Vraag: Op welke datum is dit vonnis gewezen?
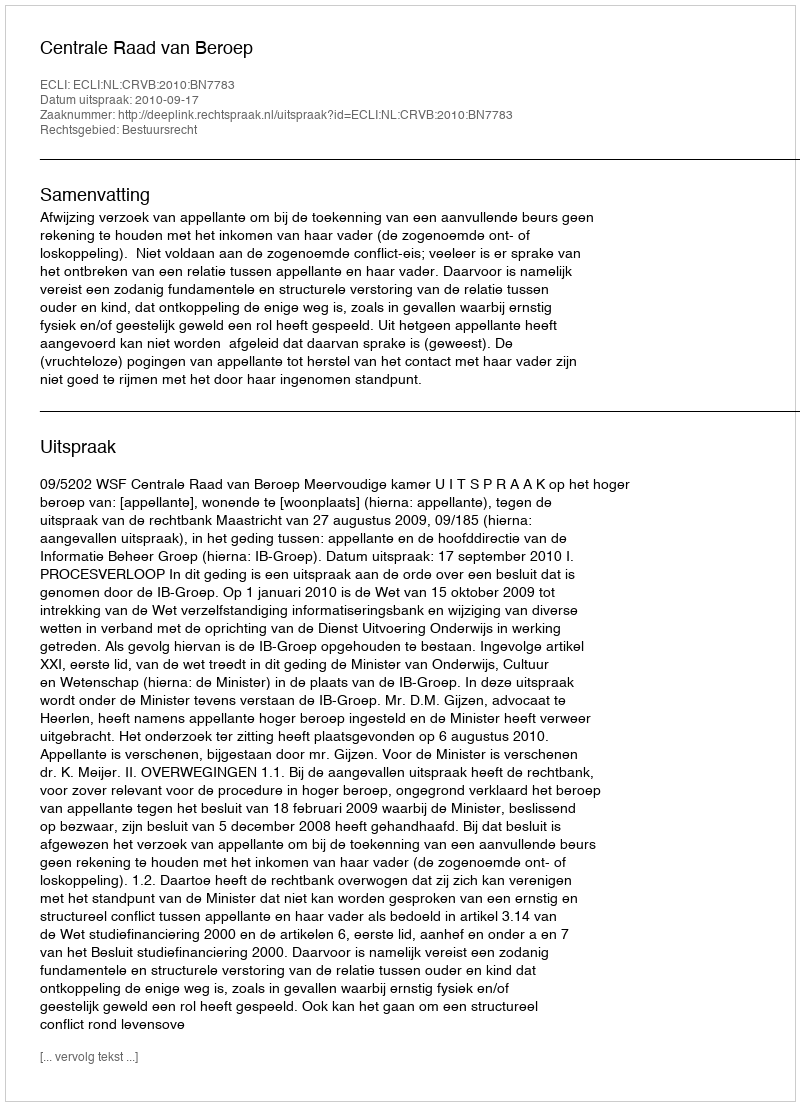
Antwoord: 2010-09-17